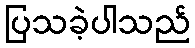
ပြသခဲ့ပါသည်